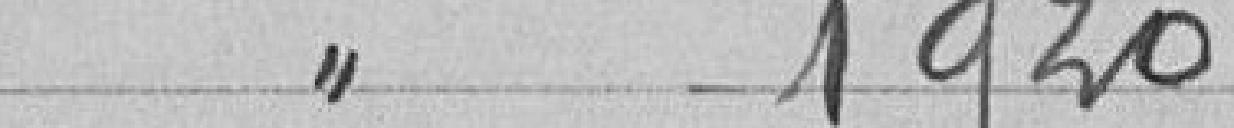
" 1920